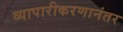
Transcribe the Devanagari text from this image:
व्यापारीकरणानंतर